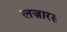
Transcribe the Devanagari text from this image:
लज़ारस